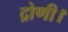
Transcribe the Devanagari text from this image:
द्रोणी।